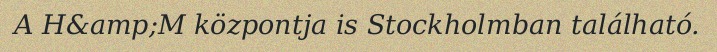
A H&amp;M központja is Stockholmban található.